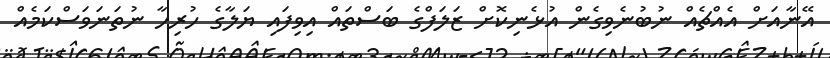
އޭނާއަށް އެއްޗެއް ނުބުނެވިގެން އުޅެނިކޮށް ޒަލަފްގެ ބަސްތައް އިވިފައި ޔަލާގެ ހުރިހާ ނުތަނަވަސްކަމެއް